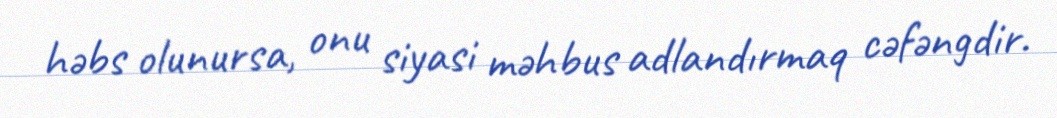
həbs olunursa, onu siyasi məhbus adlandırmaq cəfəngdir.